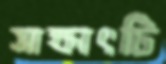
সাক্ষাৎটি